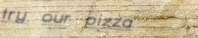
try our pizza